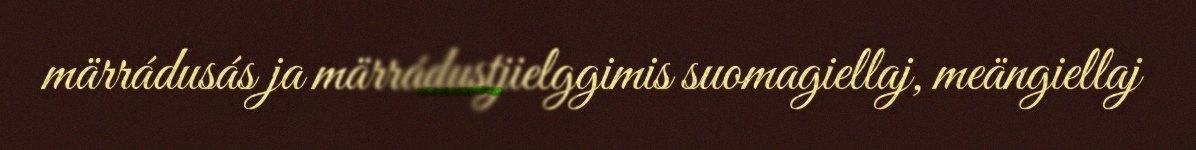
märrádusás ja märrádustjielggimis suomagiellaj, meängiellaj